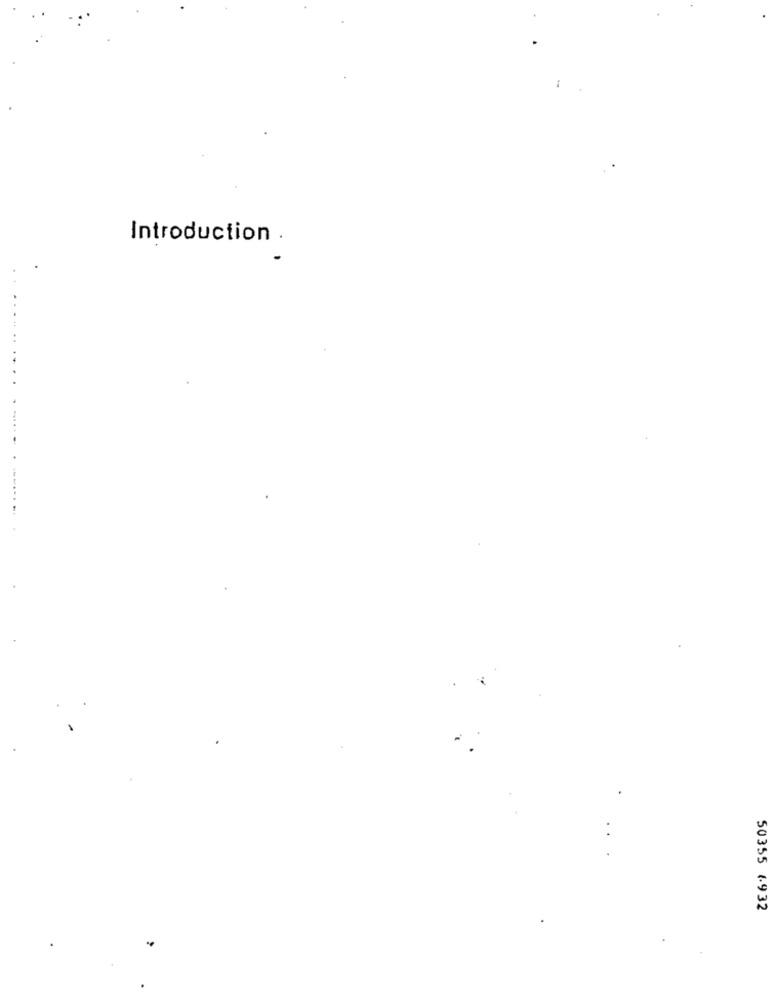
Introduction .
50355 6932